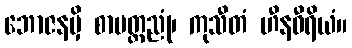
ဘောဇနမှိ စာမတ္တညုံ၊ ကုသီတံ ဟီနဝီရိယံ။